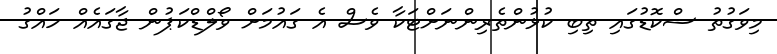
މިވަގުތު ސްކޮޑުގައި ތިބި ކުޅުންތެރިންނަށްޓަކާ ވެސް އެ ގައުމަށް ވޯލްޑްކަޕުން ޖާގައެއް ހައްގު